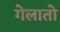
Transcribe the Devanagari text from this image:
गेलातो